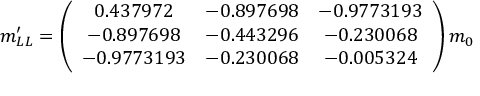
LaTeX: m _ { L L } ^ { \prime } = \left( \begin{array} { c c c } { { 0 . 4 3 7 9 7 2 } } & { { - 0 . 8 9 7 6 9 8 } } & { { - 0 . 9 7 7 3 1 9 3 } } \\ { { - 0 . 8 9 7 6 9 8 } } & { { - 0 . 4 4 3 2 9 6 } } & { { - 0 . 2 3 0 0 6 8 } } \\ { { - 0 . 9 7 7 3 1 9 3 } } & { { - 0 . 2 3 0 0 6 8 } } & { { - 0 . 0 0 5 3 2 4 } } \end{array} \right) m _ { 0 }